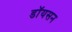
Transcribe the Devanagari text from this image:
डॉयसन